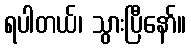
ရပါတယ်၊ သွားပြီနော်။